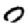
Digit: 0